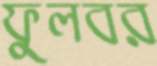
ফুলবর